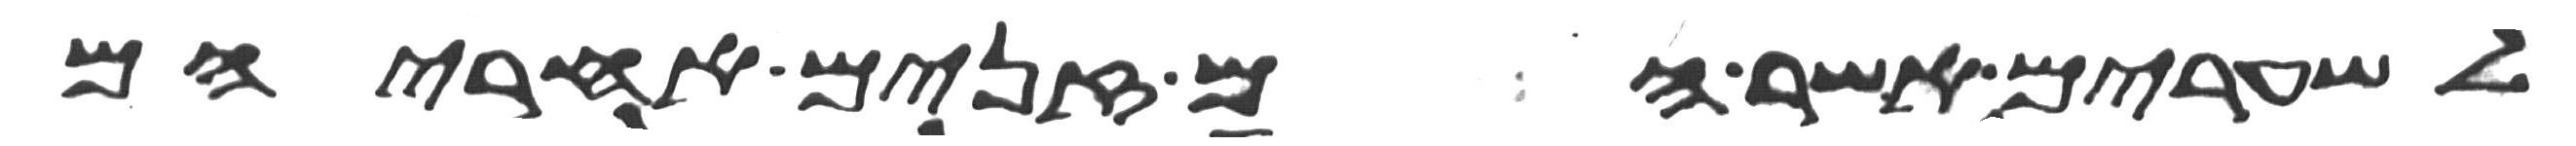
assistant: לשערים אשר הם זנים אחריהם